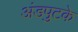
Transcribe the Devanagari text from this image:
अंडपुटके